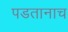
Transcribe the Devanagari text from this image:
पडतानाच